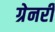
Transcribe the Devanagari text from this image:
ग्रेनरी